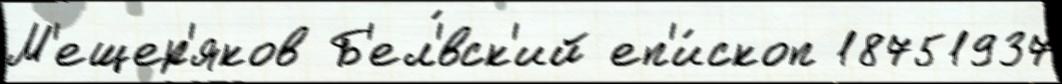
М'ещер'яков Б'ел'́вск'ий еп'и́скоп 18751937